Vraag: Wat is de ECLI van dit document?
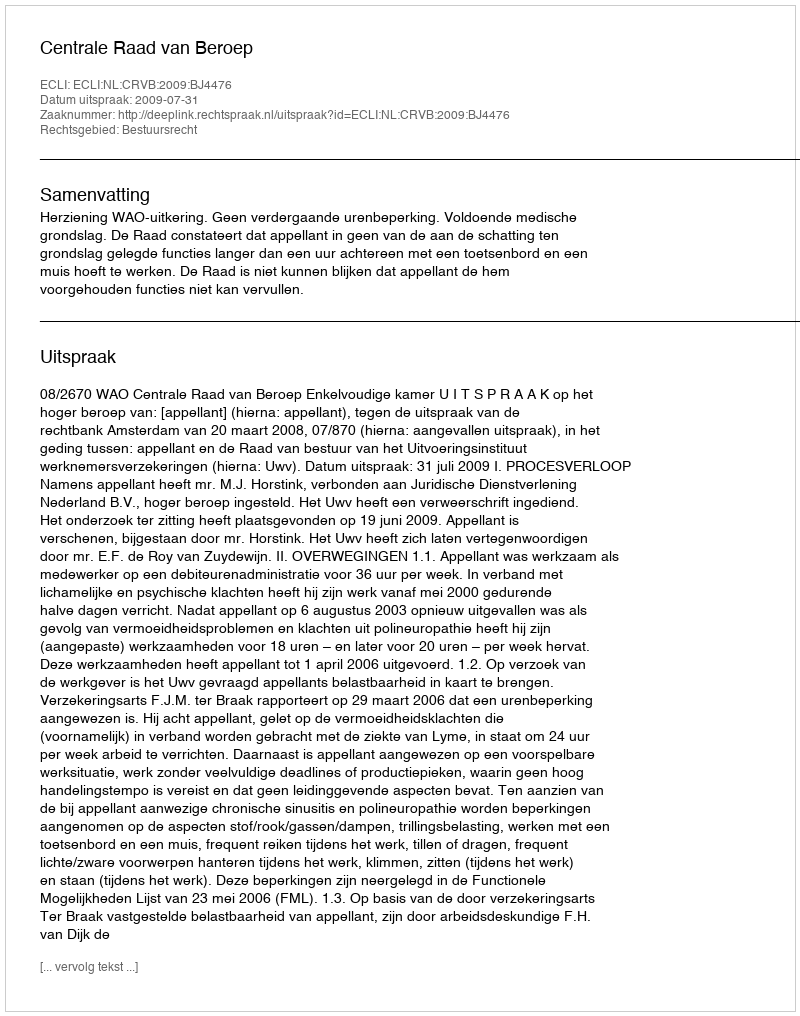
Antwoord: ECLI:NL:CRVB:2009:BJ4476